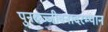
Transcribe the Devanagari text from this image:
पुनरुज्जीवनादरम्यान